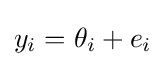
{\textstyle y_{i}=\theta _{i}+e_{i}}